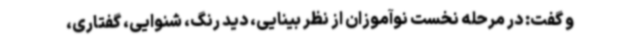
و گفت: در مرحله نخست نوآموزان از نظر بینایی، دید رنگ، شنوایی، گفتاری،